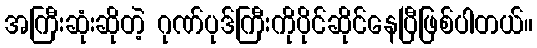
အကြီးဆုံးဆိုတဲ့ ဂုဏ်ပုဒ်ကြီးကိုပိုင်ဆိုင်နေပြီဖြစ်ပါတယ်။